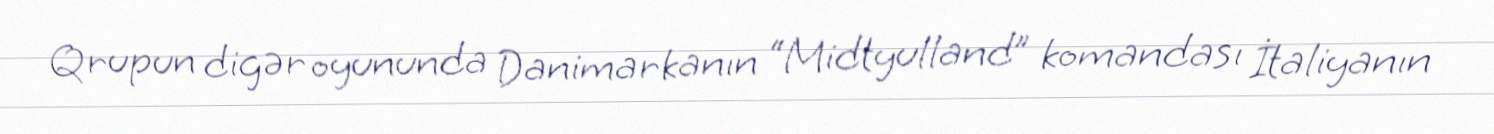
Qrupun digər oyununda Danimarkanın “Midtyulland” komandası İtaliyanın